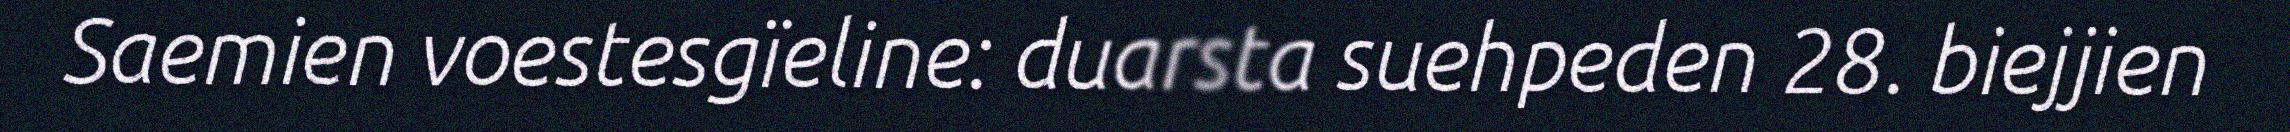
Saemien voestesgïeline: duarsta suehpeden 28. biejjien